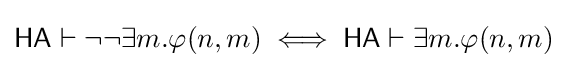
{\mathsf {HA}}\vdash \neg \neg \exists m.\varphi (n,m)\iff {\mathsf {HA}}\vdash \exists m.\varphi (n,m)